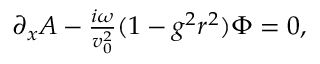
\begin{array} { r } { \partial _ { x } A - \frac { i \omega } { v _ { 0 } ^ { 2 } } ( 1 - g ^ { 2 } r ^ { 2 } ) \Phi = 0 , } \end{array}